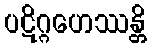
ပဋိဂ္ဂဟေဿန္တိ